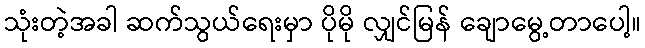
သုံးတဲ့အခါ ဆက်သွယ်ရေးမှာ ပိုမို လျှင်မြန် ချောမွေ့တာပေါ့။